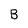
Character: B